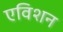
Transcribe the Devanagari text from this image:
एविशन